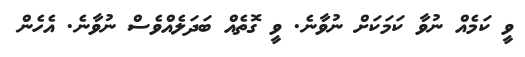
ވީ ކަމެއް ނުވާ ކަމަކަށް ނުވާނެ. ވީ ގޮތެއް ބަދަލެއްވެސް ނުވާނެ. އެހެން